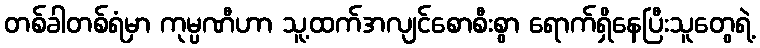
တစ်ခါတစ်ရံမှာ ကုမ္ပဏီဟာ သူ့ထက်အလျင်စောစီးစွာ ရောက်ရှိနေပြီးသူတွေရဲ့